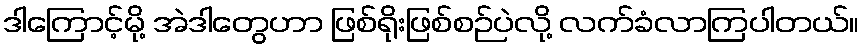
ဒါကြောင့်မို့ အဲဒါတွေဟာ ဖြစ်ရိုးဖြစ်စဉ်ပဲလို့ လက်ခံလာကြပါတယ်။